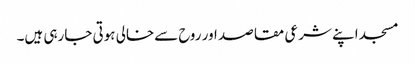
مسجد اپنے شرعی مقاصد اور روح سےخالی ہوتی جارہی ہیں۔